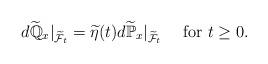
LaTeX: \begin{align*} d\widetilde{\mathbb{Q}}_{x}|_{\widetilde{\mathcal{F}}_{t}}=\widetilde{\eta}(t) d\widetilde{\mathbb{P}}_{x}|_{\widetilde{\mathcal{F}}_{t}}\quad\mbox{ for }t\ge 0. \end{align*}